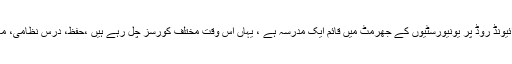
اب ان کی ساری توجہ آس اکیڈمی پر ہے ، آس ( اکیڈمی آف عریبک سائنسز) اکیڈمی رائیونڈ روڈ پر یونیورسٹیوں کے جھرمٹ میں قائم ایک مدرسہ ہے ، یہاں اس وقت مختلف کورسز چل رہے ہیں ،حفظ، درس نظامی، معہد، حفاظ عریبک ،حفاظ انگلش اورمیٹرک تک اسکول کی ریگولر کلاسزچل رہی ہیں ۔